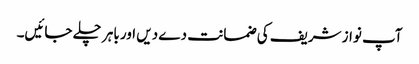
آپ نواز شریف کی ضمانت دے دیں اور باہر چلے جائیں۔